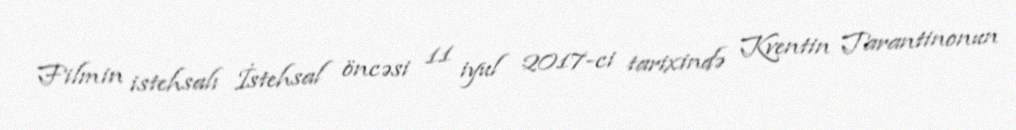
Filmin istehsalı İstehsal öncəsi 11 iyul 2017-ci tarixində Kventin Tarantinonun